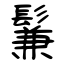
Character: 鬑